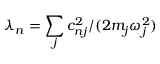
\lambda _ { n } = \sum _ { j } c _ { n j } ^ { 2 } / ( 2 m _ { j } \omega _ { j } ^ { 2 } )